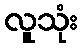
လူသုံး